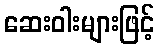
ဆေးဝါးများဖြင့်